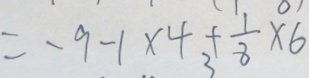
= - 9 - 1 \times 4 + \frac { 1 } { 8 } \times 6